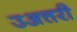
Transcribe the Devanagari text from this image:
उअत्तरी